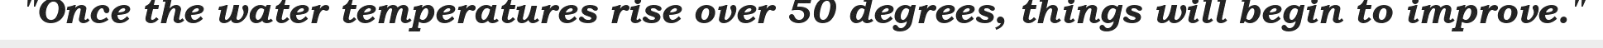
"Once the water temperatures rise over 50 degrees, things will begin to improve."